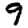
Digit: 9